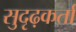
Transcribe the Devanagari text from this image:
सुदृढ़कर्ता